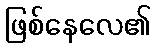
ဖြစ်နေလေ၏